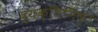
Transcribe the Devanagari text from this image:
व्यक्‍तिनिष्‍ठ